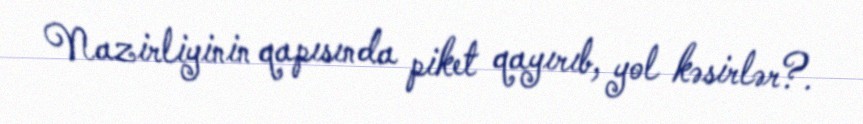
Nazirliyinin qapısında piket qayırıb, yol kəsirlər?.